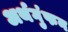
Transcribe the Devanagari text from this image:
अर्थगुंफन